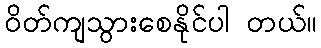
ဝိတ်ကျသွားစေနိုင်ပါ တယ်။